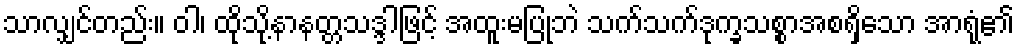
သာလျှင်တည်း။ ဝါ၊ ထိုသို့နာနတ္တသဒ္ဒါဖြင့် အထူးမပြုဘဲ သက်သက်ဒုက္ခသစ္စာအစရှိသော အာရုံ၏